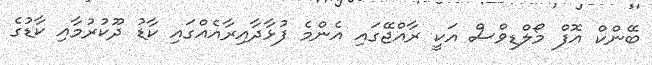
ބޭންކް އޮފް މޯލްޑިވްސް އަކީ ރާއްޖޭގައި އެންމެ ފުޅާދާއިރާއެއްގައި ކާޑު ދޫކުރުމާއި ކާޑުގެ